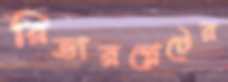
রিভারপ্লেটের